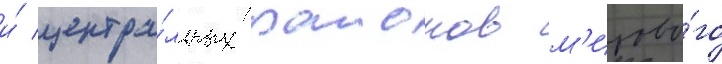
и́ центра́льных раионов м'ирово́го